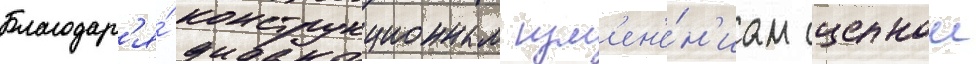
Благодар'я́ конструкционным изм'ен'е́н'иам сцепнои